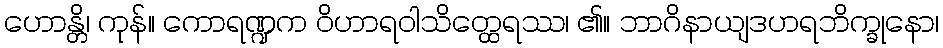
ဟောန္တိ၊ ကုန်။ ကောရဏ္ဍက ဝိဟာရဝါသိတ္ထေရဿ၊ ၏။ ဘာဂိနာယျဒဟရဘိက္ခုနော၊